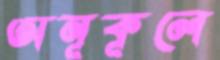
অনূকূলে